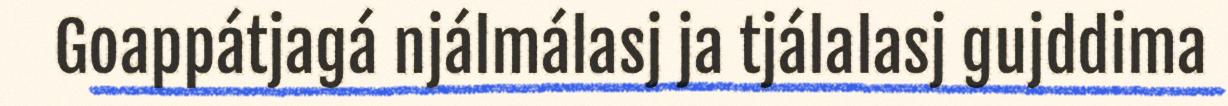
Goappátjagá njálmálasj ja tjálalasj gujddima